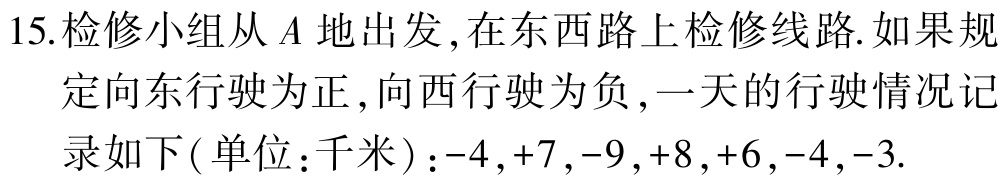
15.检修小组从\(A\)地出发,在东西路上检修线路.如果规定向东行驶为正,向西行驶为负,一天的行驶情况记录如下(单位：千米):\(-4,+7,-9,+8,+6,-4,-3\).